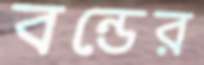
বন্ডের